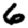
Digit: 6